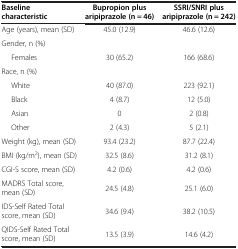
| Baseline characteristic | Bupropion plus aripiprazole (n = 46) | SSRI/SNRI plus aripiprazole (n = 242) |
 | --- | --- | --- |
 | Age (years), mean (SD) | 45.0 (12.9) | 46.6 (12.6) |
 | Gender, n (%) |  |  |
 | Females | 30 (65.2) | 166 (68.6) |
 | Race, n (%) |  |  |
 | White | 40 (87.0) | 223 (92.1) |
 | Black | 4 (8.7) | 12 (5.0) |
 | Asian | 0 | 2 (0.8) |
 | Other | 2 (4.3) | 5 (2.1) |
 | Weight (kg), mean (SD) | 93.4 (23.2) | 87.7 (22.4) |
 | BMI (kg/m2), mean (SD) | 32.5 (8.6) | 31.2 (8.1) |
 | CGI-S score, mean (SD) | 4.2 (0.6) | 4.2 (0.6) |
 | MADRS Total score, mean (SD) | 24.5 (4.8) | 25.1 (6.0) |
 | IDS-Self Rated Total score, mean (SD) | 34.6 (9.4) | 38.2 (10.5) |
 | QIDS-Self Rated Total score, mean (SD) | 13.5 (3.9) | 14.6 (4.2) |